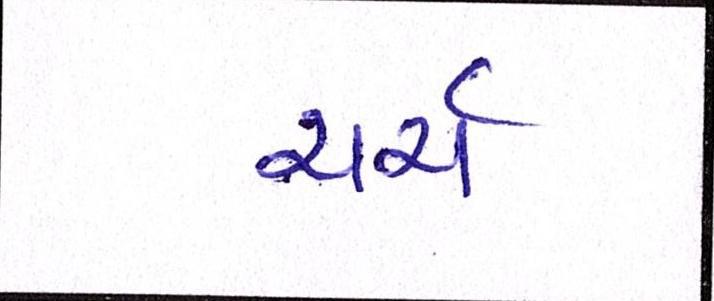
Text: ચર્ચ